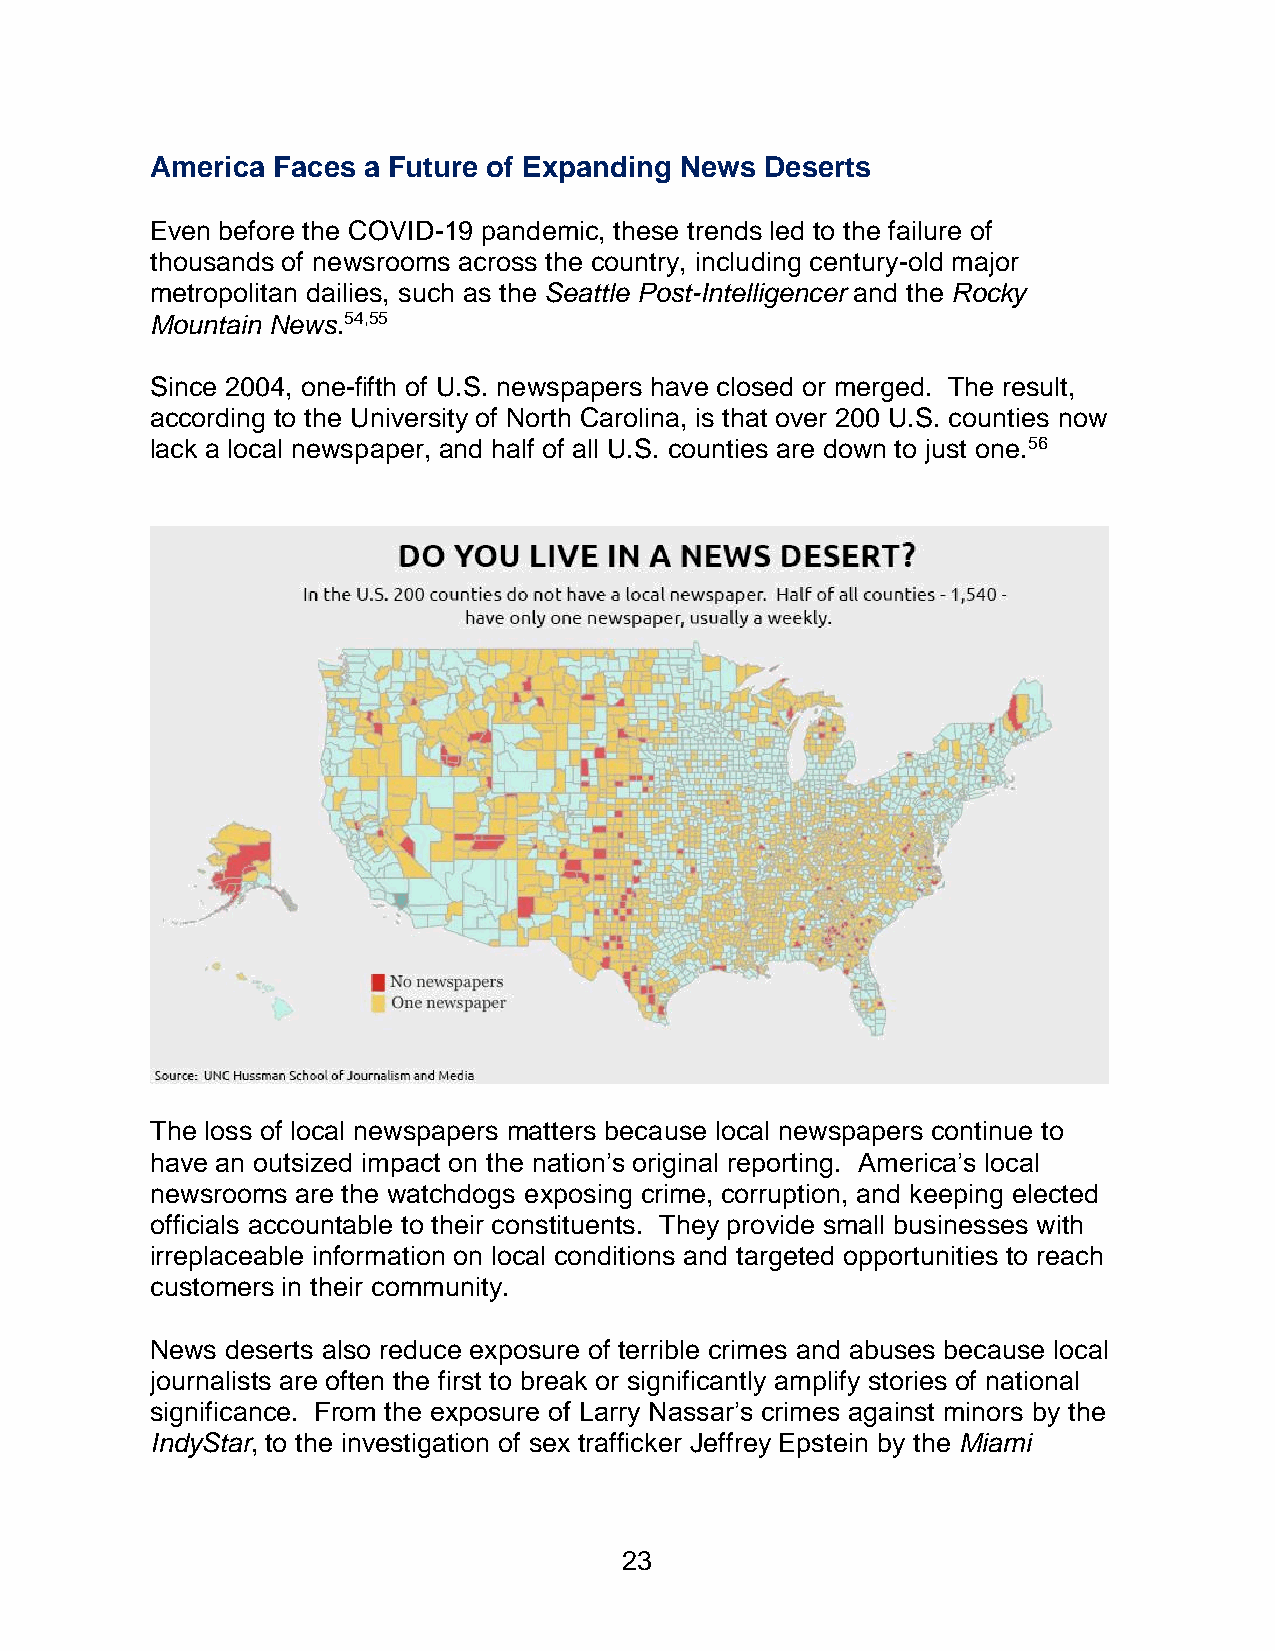
America Faces a Future of Expanding News Deserts
 Even before the COVID-19 pandemic, these trends led to the failure of
 thousands of newsrooms across the country, including century-old major
 metropolitan dailies, such as the Seattle Post-Intelligencer and the Rocky
 Mountain News.54,55
 Since 2004, one-fifth of U.S. newspapers have closed or merged. The result,
 according to the University of North Carolina, is that over 200 U.S. counties now
 lack a local newspaper, and half of all U.S. counties are down to just one.56
 The loss of local newspapers matters because local newspapers continue to
 have an outsized impact on the nation’s original reporting. America’s local
 newsrooms are the watchdogs exposing crime, corruption, and keeping elected
 officials accountable to their constituents. They provide small businesses with
 irreplaceable information on local conditions and targeted opportunities to reach
 customers in their community.
 News deserts also reduce exposure of terrible crimes and abuses because local
 journalists are often the first to break or significantly amplify stories of national
 significance. From the exposure of Larry Nassar’s crimes against minors by the
 IndyStar, to the investigation of sex trafficker Jeffrey Epstein by the Miami
 23